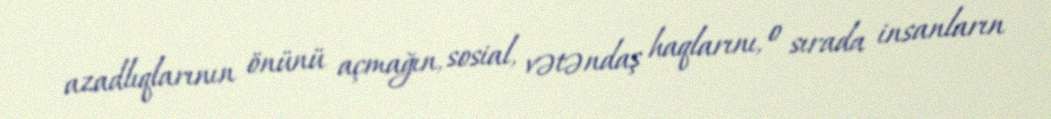
azadlıqlarının önünü açmağın, sosial, vətəndaş haqlarını, o sırada insanların